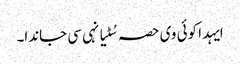
ایہدا کوئی وی حصہ سُٹیا نہی سی جاندا۔